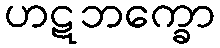
ဟဋဘက္ခော